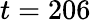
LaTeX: t=206